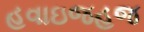
હવાઇજહજ